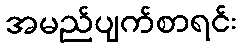
အမည်ပျက်စာရင်း